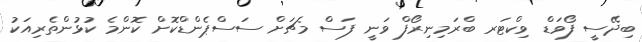
ބިދޭސީ ފޯވަޑް ވިކްޓަރ ބްރަމިނިރޯފް ވަނީ ފަސް މެޗަށް ސަސްޕެންޑްކޮށް ކޮންމެ ކުޅުންތެރިއަކު